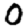
Digit: 0